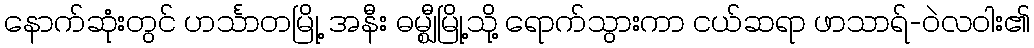
နောက်ဆုံးတွင် ဟင်္သာတမြို့ အနီး ဓမ္ဈီမြို့သို့ ရောက်သွားကာ ငယ်ဆရာ ဖာသာရ်-ဝဲလဝါး၏